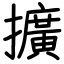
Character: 擴